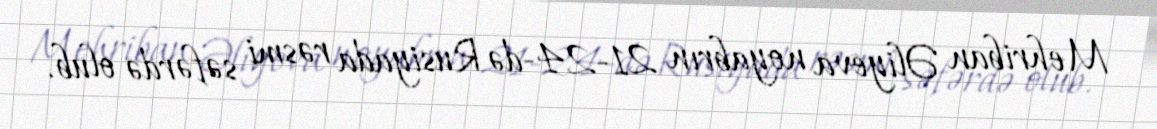
Mehriban Əliyeva noyabrın 21-24-də Rusiyada rəsmi səfərdə olub.